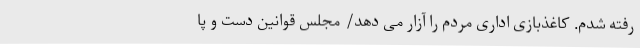
رفته شدم. کاغذبازی اداری مردم را آزار می دهد/ مجلس قوانین دست و پا